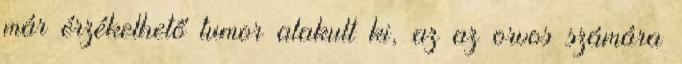
már érzékelhető tumor alakult ki, az az orvos számára